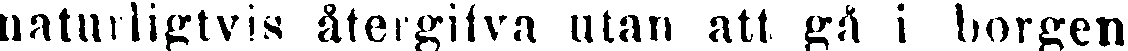
naturligtvis återgifva utan att gå i borgen